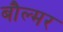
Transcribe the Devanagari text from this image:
बौल्मर